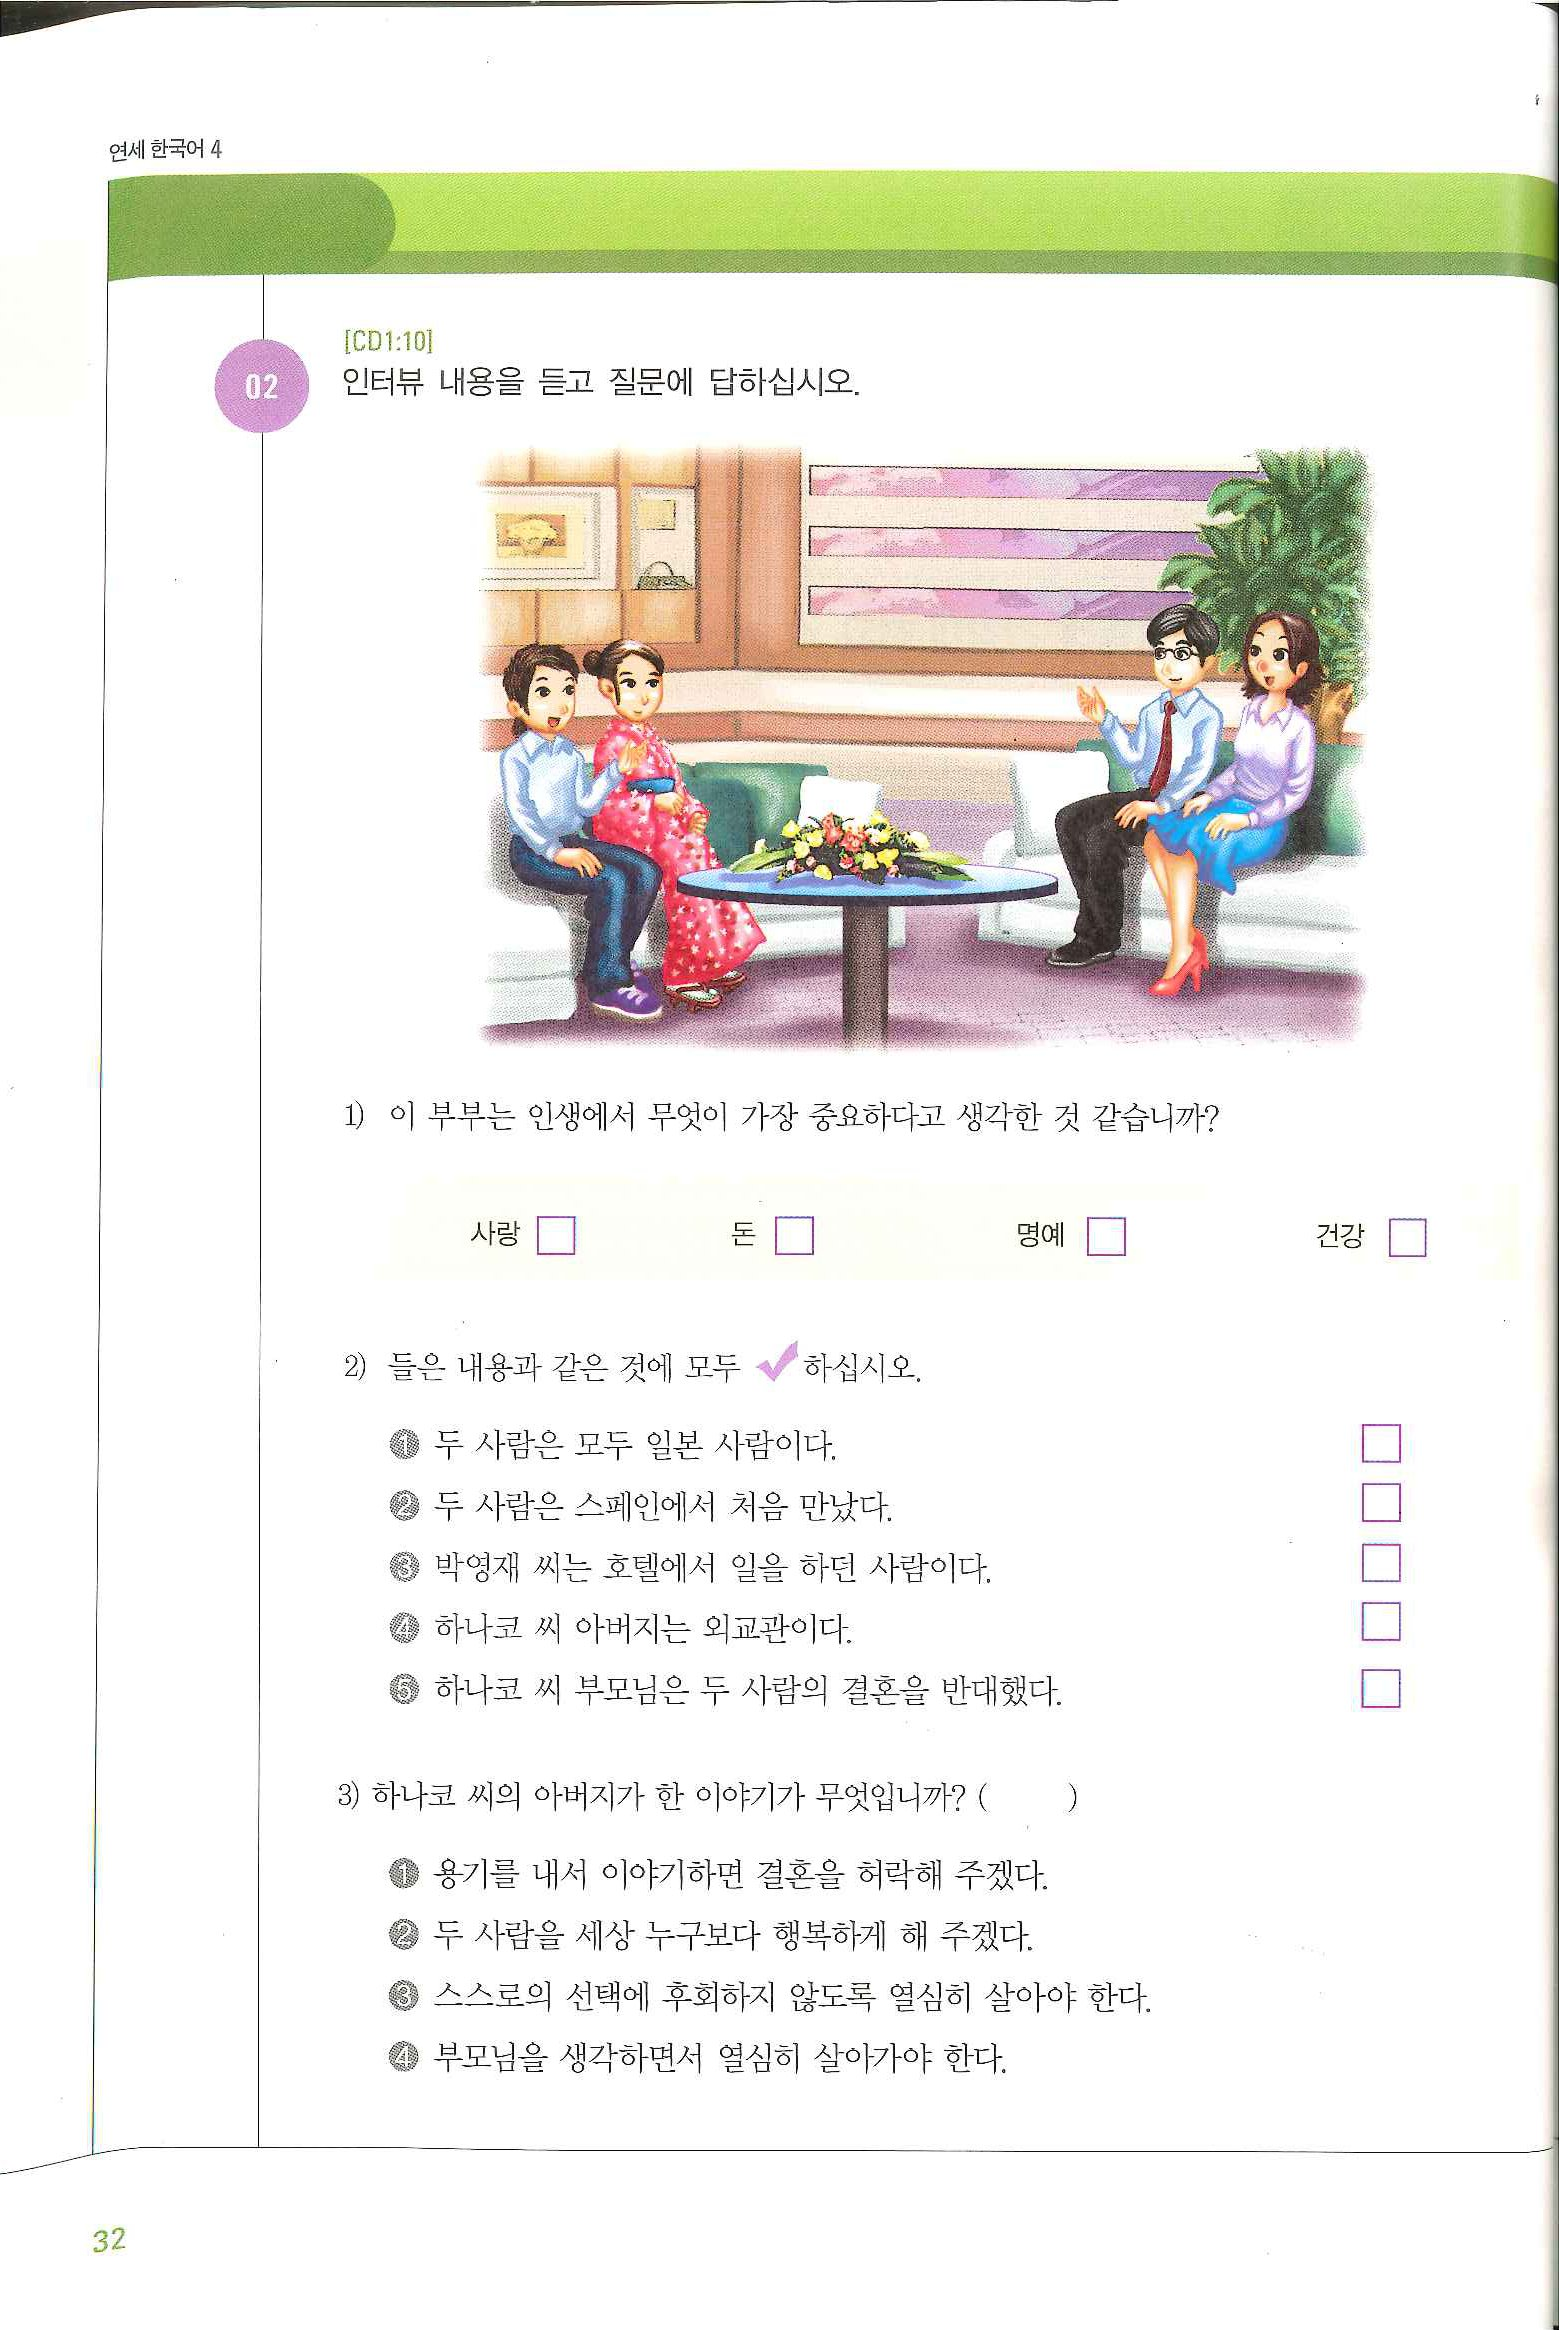
Language: ko